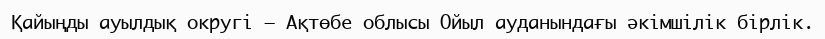
Қайыңды ауылдық округі – Ақтөбе облысы Ойыл ауданындағы әкімшілік бірлік.